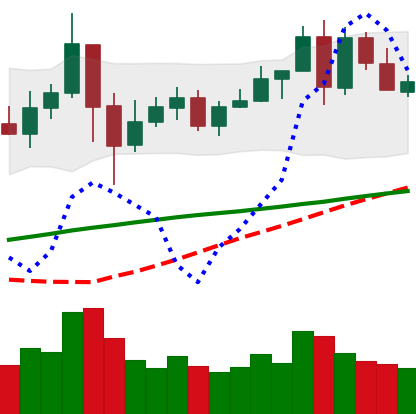
Ticker: LINK-USD
Chart end date: 2020-05-25
Forward return: 7.714%
Label: up_7plus